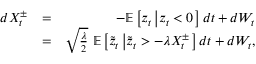
\begin{array} { r l r } { d X _ { t } ^ { \pm } } & { = } & { - \mathbb { E } \left[ z _ { t } \left| z _ { t } < 0 \right. \right] d t + d W _ { t } } \\ & { = } & { \sqrt { \frac { \lambda } { 2 } } \ \mathbb { E } \left[ \tilde { z } _ { t } \left| \tilde { z } _ { t } > - \lambda X _ { t } ^ { \pm } \right. \right] d t + d W _ { t } , } \end{array}